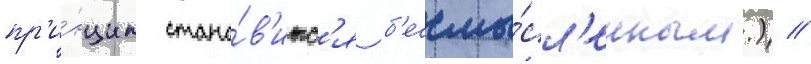
пр'и́нцип стано́в'итс'я б'ессмы́сл'енным.) //